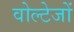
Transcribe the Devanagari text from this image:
वोल्टेजों